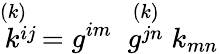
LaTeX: \stackrel{(k)\; \; }{k^{ij}}={g^{im}}\; \stackrel{(k)}{g^{jn}}k_{mn}